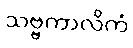
သဗ္ဗကာလိကံ